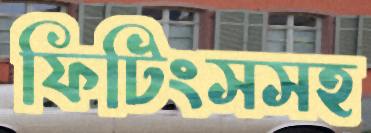
ফিটিংসসহ